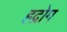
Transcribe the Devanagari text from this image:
हद्रोग